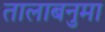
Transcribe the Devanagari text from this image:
तालाबनुमा